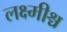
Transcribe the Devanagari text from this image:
लक्ष्मीश्च